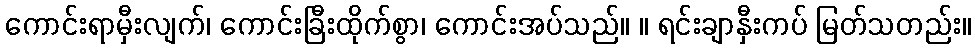
ကောင်းရာမှီးလျက်၊ ကောင်းခြီးထိုက်စွာ၊ ကောင်းအပ်သည်။ ။ ရင်းချာနှီးကပ် မြတ်သတည်း။